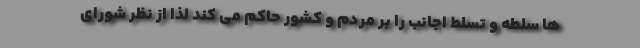
ها سلطه و تسلط اجانب را بر مردم و کشور حاکم می کند لذا از نظر شورای